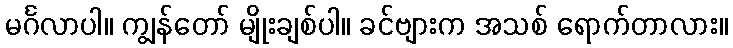
မင်္ဂလာပါ။ ကျွန်တော် မျိုးချစ်ပါ။ ခင်ဗျားက အသစ် ရောက်တာလား။